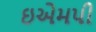
ઇએમપી